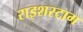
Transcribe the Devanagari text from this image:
राइशस्टाग